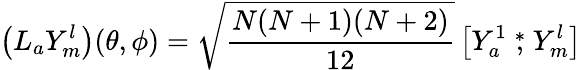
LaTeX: \left(L_{a}{Y}_{m}^{l}\right)(\theta,\phi)=\sqrt{\frac{N(N+1)(N+2)}{12}}\left[{Y}_{a}^{1}\stackrel{*}{,}{Y}_{m}^{l}\right]